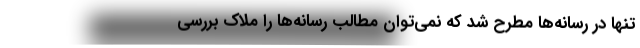
تنها در رسانه‌ها مطرح شد که نمی‌توان مطالب رسانه‌ها را ملاک بررسی